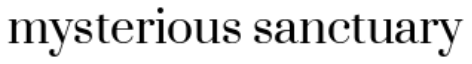
mysterious sanctuary